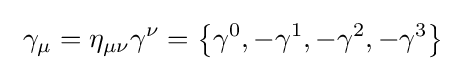
\ \gamma _{\mu }=\eta _{\mu \nu }\gamma ^{\nu }=\left\{\gamma ^{0},-\gamma ^{1},-\gamma ^{2},-\gamma ^{3}\right\}\